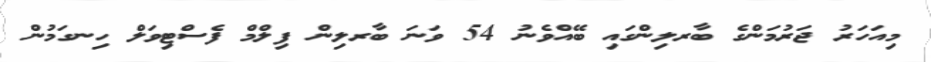
މިއަހަރު ޖަރުމަންގެ ބާރލިންގައި ބޭއްވެނު 54 ވަނަ ބާރލިން ފިލްމް ފެސްޓިވަލް ހިނގަމުން